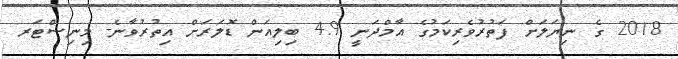
2018 ގެ ނިޔަލަށް ފަތުރުވެރިކަމުގެ އާމްދަނީ 4.9 ބިލިއަން ޑޮލަރަށް އިތުރުވާނެ- މިނިސްޓަރ